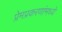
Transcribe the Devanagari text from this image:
प्रेमप्रकरणांमध्ये